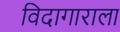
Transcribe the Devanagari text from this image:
विदागाराला